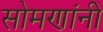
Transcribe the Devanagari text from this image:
सोमणांनी